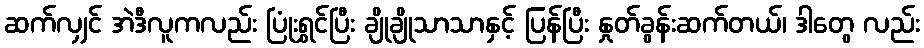
ဆက်လျှင် အဲဒီလူကလည်း ပြုံးရွှင်ပြီး ချိုချိုသာသာနှင့် ပြန်ပြီး နှုတ်ခွန်းဆက်တယ်၊ ဒါတွေ လည်း